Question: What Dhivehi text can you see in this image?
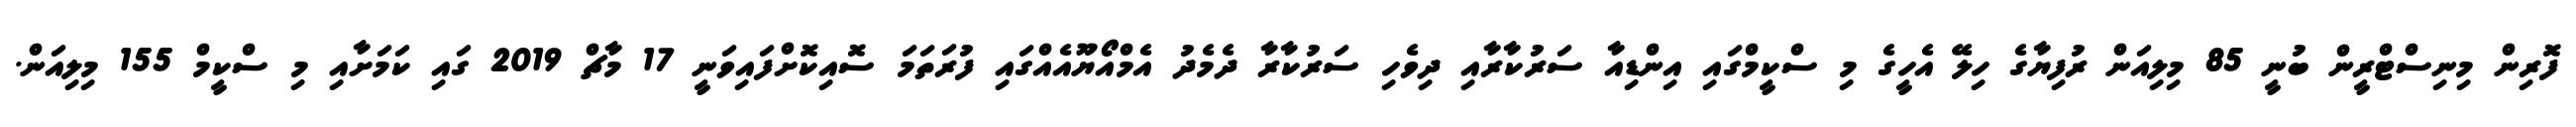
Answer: ފޮރިން މިނިސްޓްރީން ބުނީ 85 މިލިއަން ރުފިޔާގެ ހިލޭ އެހީގެ މި ސްކީމްގައި އިންޑިއާ ސަރުކާރާއި ދިވެހި ސަރުކާރާ ދެމެދު އެމްއޯޔޫއެއްގައި ފުރަތަމަ ސޮއިކޮށްފައިވަނީ 17 މާޗް 2019 ގައި ކަމަށާއި މި ސްކީމް 155 މިލިއަން.